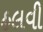
હલવી